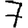
Digit: 7